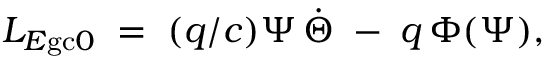
L _ { E \mathrm { g c } 0 } \; = \; ( q / c ) \Psi \, \dot { \Theta } \; - \; q \, \Phi ( \Psi ) ,